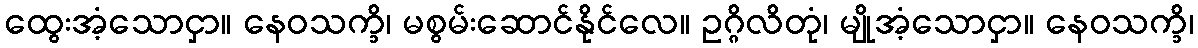
ထွေးအံ့သောငှာ။ နေဝသက္ခိ၊ မစွမ်းဆောင်နိုင်လေ။ ဥဂ္ဂိလိတုံ၊ မျိုအံ့သောငှာ။ နေဝသက္ခိ၊